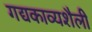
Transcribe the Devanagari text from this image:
गद्यकाव्यशैली